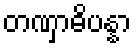
တဏှာဓိပန္နာ